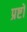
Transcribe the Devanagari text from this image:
प्रष्टों